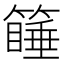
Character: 𰪚